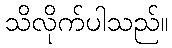
သိလိုက်ပါသည်။